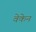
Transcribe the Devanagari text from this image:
वेकेन